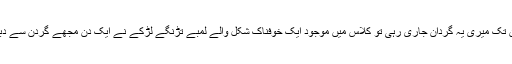
چار دن تک میری یہ گردان جاری رہی تو کلاس میں موجود ایک خوفناک شکل والے لمبے تڑنگے لڑکے نے ایک دن مجھے گردن سے دبوچ لیا۔